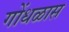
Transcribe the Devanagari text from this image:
गोंधळास